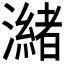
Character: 𭳌